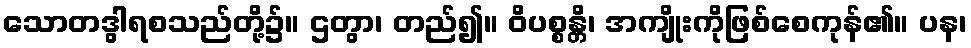
သောတဒွါရစသည်တို့၌။ ဌတွာ၊ တည်၍။ ဝိပစ္စန္တိ၊ အကျိုးကိုဖြစ်စေကုန်၏။ ပန၊